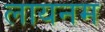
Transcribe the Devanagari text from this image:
लायनम